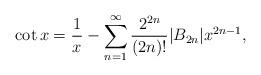
LaTeX: \begin{align*}\cot x=\frac{1}{x}-\sum_{n=1}^\infty\frac{2^{2n}}{(2n)!}|B_{2n}|x^{2n-1},\end{align*}